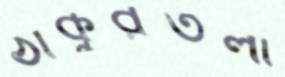
ঠাকুরতলা